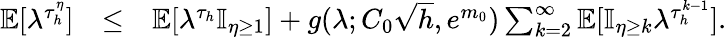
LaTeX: \begin{array}{rlr}{\mathbb{E}[\lambda^{\tau_{h}^{\eta}}]}&{\le}&{\mathbb{E}[\lambda^{\tau_{h}}\mathbb{I}_{\eta\ge 1}]+g(\lambda;C_{0}\sqrt{h},e^{m_{0}})\sum_{k=2}^{\infty}\mathbb{E}[\mathbb{I}_{\eta\ge k}\lambda^{\tau_{h}^{k-1}}].}\end{array}